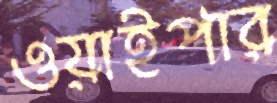
ওয়াইপার